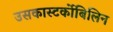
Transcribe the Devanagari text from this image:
उसकास्‍टर्कोबिलिन